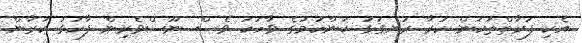
އެކި ފަރާތްތަކުން ކުރާ ރަނގަޅު ކަންކަމުގެ ވާހަކަ ވެސް ނޫސްވެރިން ފާހަގަ ކުރާން